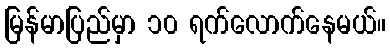
မြန်မာပြည်မှာ ၁၀ ရက်လောက်နေမယ်။